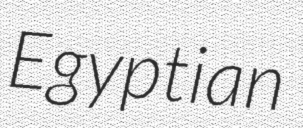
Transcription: Egyptian